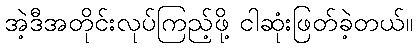
အဲ့ဒီအတိုင်းလုပ်ကြည့်ဖို့ ငါဆုံးဖြတ်ခဲ့တယ်။